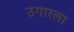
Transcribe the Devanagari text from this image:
उगारला